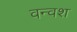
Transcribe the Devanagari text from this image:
वन्वश